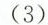
（3）